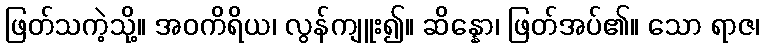
ဖြတ်သကဲ့သို့။ အဝကိရိယ၊ လွန်ကျူး၍။ ဆိန္နော၊ ဖြတ်အပ်၏။ သော ရာဇ၊